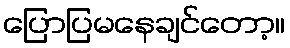
ပြောပြမနေချင်တော့။